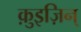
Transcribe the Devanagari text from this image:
क़ुइज़िन्